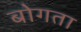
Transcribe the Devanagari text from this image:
बोगता